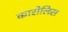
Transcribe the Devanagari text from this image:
कारोलिस